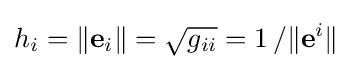
h_{i}=\lVert \mathbf {e} _{i}\rVert ={\sqrt {g_{ii}}}=1\,/\lVert \mathbf {e} ^{i}\rVert